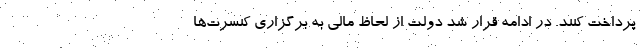
پرداخت کنند. در ادامه قرار شد دولت از لحاظ مالی به برگزاری کنسرت‌ها